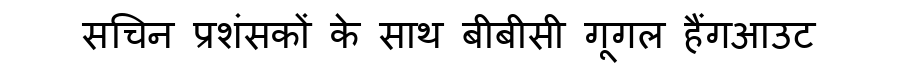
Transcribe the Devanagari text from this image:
सचिन प्रशंसकों के साथ बीबीसी गूगल हैंगआउट